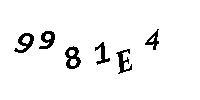
9981E4